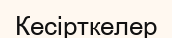
Кесірткелер